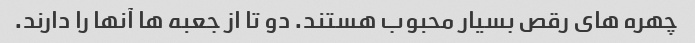
چهره های رقص بسیار محبوب هستند. دو تا از جعبه ها آنها را دارند.